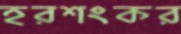
হরশংকর